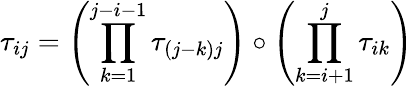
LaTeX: \tau_{ij}=\left(\prod_{k=1}^{j-i-1}\tau_{(j-k)j}\right)\circ\left(\prod_{k=i+1}^{j}\tau_{ik}\right)